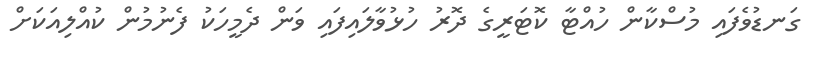
ގަނޑުވެފައި މުސްކާން ހުއްޓާ ކޮޓަރީގެ ދޮރު ހުޅުވާލައިފައި ވަން ދެމީހަކު ފެނުމުން ކުއްލިއަކަށް